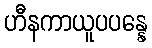
ဟီနကာယူပပန္နေ